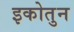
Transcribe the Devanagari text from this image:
इकोतुन